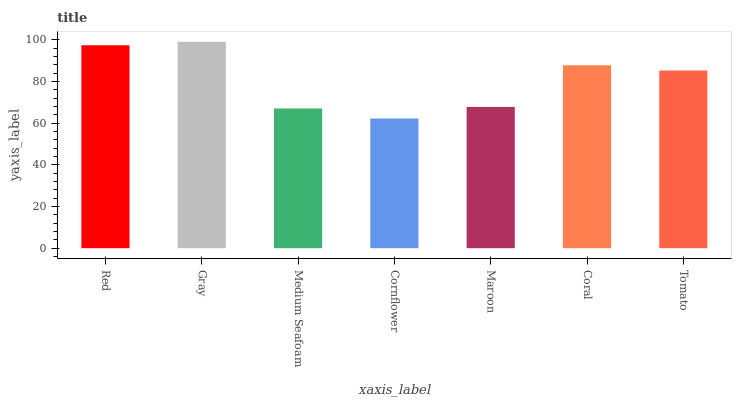
| xaxis_label | bars |
 | --- | --- |
 | Red | 97.3 |
 | Gray | 99 |
 | Medium Seafoam | 67 |
 | Cornflower | 62.2 |
 | Maroon | 67.7 |
 | Coral | 87.7 |
 | Tomato | 85.2 |